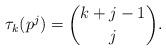
LaTeX: \begin{align*} \tau_{k}(p^j) = \binom{k+j-1}{j}.\end{align*}